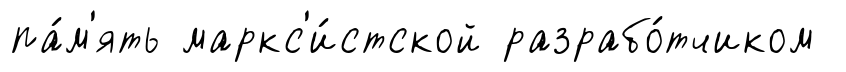
па́м'ять маркс'и́стской разрабо́тчиком